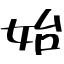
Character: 始